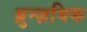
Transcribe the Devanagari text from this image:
ब्रुन्ज़विक